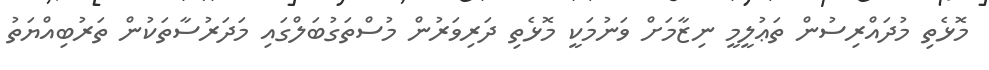
މޮޅެތި މުދައްރިސުން ތަޢުލީމީ ނިޒާމަށް ވަނުމަކީ މޮޅެތި ދަރިވަރުން މުސްތަގުބަލްގައި މަދަރުސާތަކުން ތަރުބިއްޔަތު